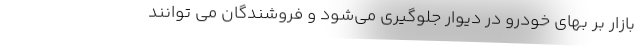
بازار بر بهای خودرو در دیوار جلوگیری می‌شود و فروشندگان می توانند